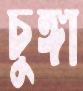
চুঙ্গা